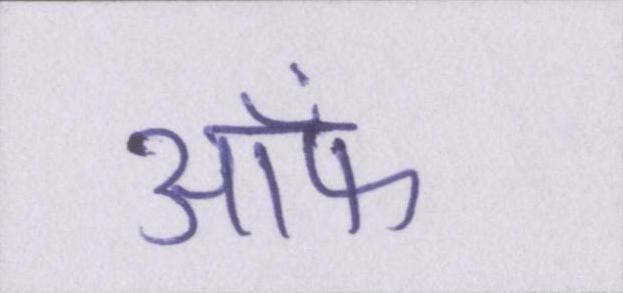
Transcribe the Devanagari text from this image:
आ॓फ